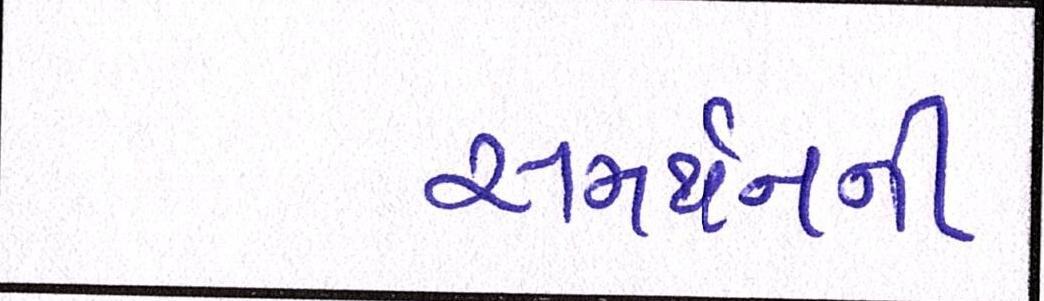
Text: સમર્થનની